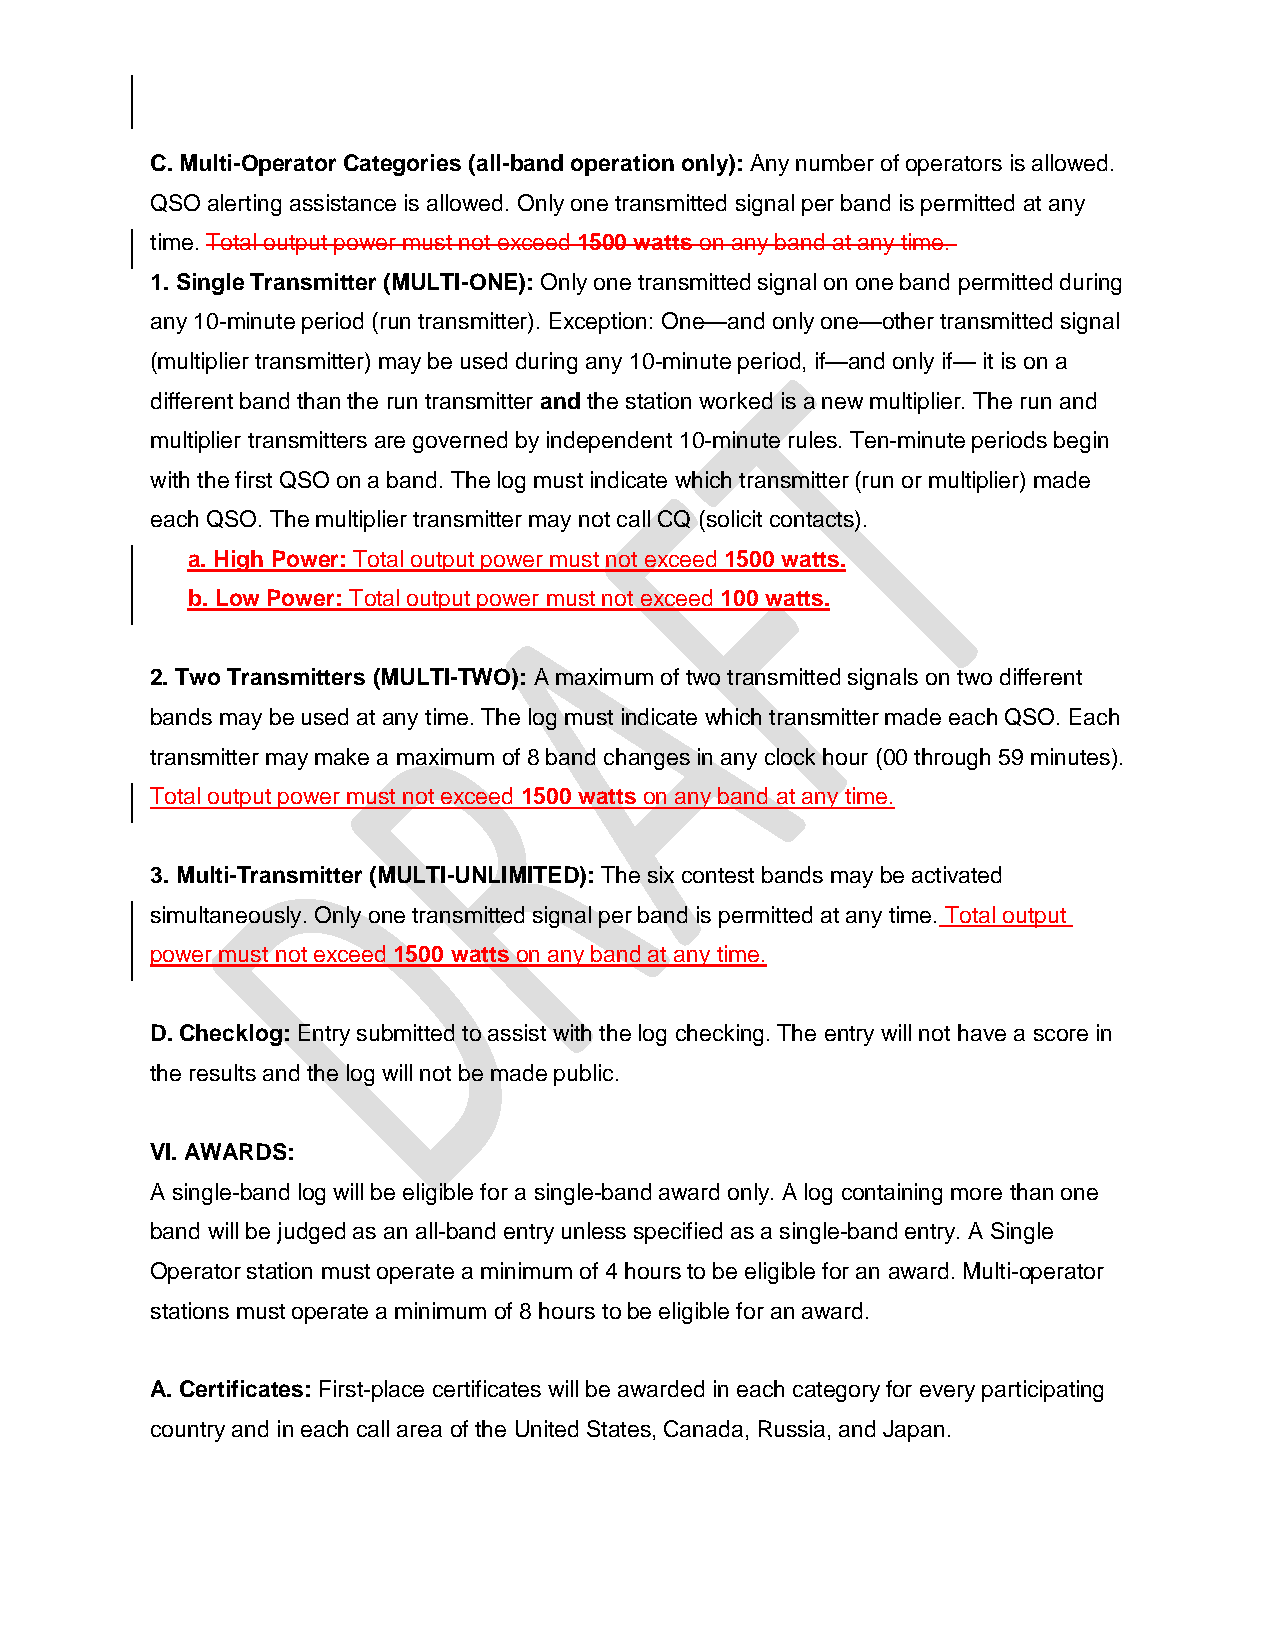
C. Multi-Operator Categories (all-band operation only): Any number of operators is allowed.
 QSO alerting assistance is allowed. Only one transmitted signal per band is permitted at any
 time. Total output power must not exceed 1500 watts on any band at any time.
 1. Single Transmitter (MULTI-ONE): Only one transmitted signal on one band permitted during
 any 10-minute period (run transmitter). Exception: One—and only one—other transmitted signal
 (multiplier transmitter) may be used during any 10-minute period, if—and only if— it is on a
 different band than the run transmitter and the station worked is a new multiplier. The run and
 multiplier transmitters are governed by independent 10-minute rules. Ten-minute periods begin
 with the first QSO on a band. The log must indicate which transmitter (run or multiplier) made
 each QSO. The multiplier transmitter may not call CQ (solicit contacts).
 a. High Power: Total output power must not exceed 1500 watts.
 b. Low Power: Total output power must not exceed 100 watts.
 2. Two Transmitters (MULTI-TWO): A maximum of two transmitted signals on two different
 bands may be used at any time. The log must indicate which transmitter made each QSO. Each
 transmitter may make a maximum of 8 band changes in any clock hour (00 through 59 minutes).
 Total output power must not exceed 1500 watts on any band at any time.
 3. Multi-Transmitter (MULTI-UNLIMITED): The six contest bands may be activated
 simultaneously. Only one transmitted signal per band is permitted at any time. Total output
 power must not exceed 1500 watts on any band at any time.
 D. Checklog: Entry submitted to assist with the log checking. The entry will not have a score in
 the results and the log will not be made public.
 VI. AWARDS:
 A single-band log will be eligible for a single-band award only. A log containing more than one
 band will be judged as an all-band entry unless specified as a single-band entry. A Single
 Operator station must operate a minimum of 4 hours to be eligible for an award. Multi-operator
 stations must operate a minimum of 8 hours to be eligible for an award.
 A. Certificates: First-place certificates will be awarded in each category for every participating
 country and in each call area of the United States, Canada, Russia, and Japan.